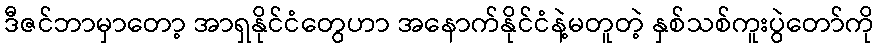
ဒီဇင်ဘာမှာတော့ အာရှနိုင်ငံတွေဟာ အနောက်နိုင်ငံနဲ့မတူတဲ့ နှစ်သစ်ကူးပွဲတော်ကို